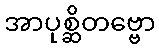
အာပုစ္ဆိတဗ္ဗော